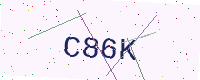
Text: C86K